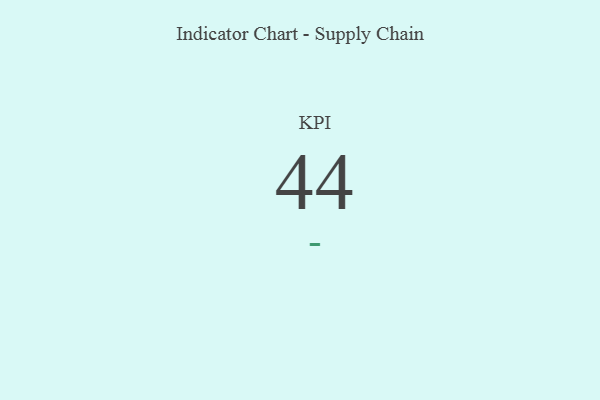
{"axis": {"x": "KPI", "y": "Value"}, "legend": [""], "data": [{"x": "KPI", "y": 44, "type": ""}]}